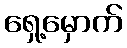
ရှေ့မှောက်